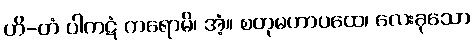
ဟိ-တံ ပါကဋံ ကရောမိ၊ အံ့။ စတုမဟာပထေ၊ လေးခုသော